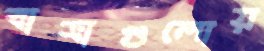
বাসাগুলোয়